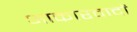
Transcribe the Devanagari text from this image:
आकारवादों